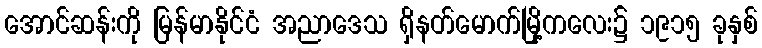
အောင်ဆန်းကို မြန်မာနိုင်ငံ အညာဒေသ ရှိနတ်မောက်မြို့ကလေး၌ ၁၉၁၅ ခုနှစ်